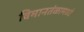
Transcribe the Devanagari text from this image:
विमानतंळामध्ये